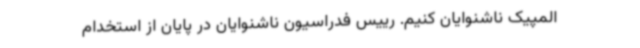
المپیک ناشنوایان کنیم. رییس فدراسیون ناشنوایان در پایان از استخدام